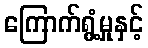
ကြောက်ရွံ့မှုနှင့်